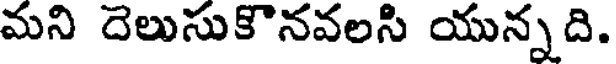
మని దెలుసుకొనవలసి యున్నది.